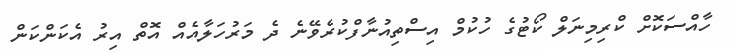
ހާއްސަކޮށް ކްރިމިނަލް ކޯޓުގެ ހުކުމް އިސްތިއުނާފްކުރެވޭނެ ދެ މަރުހަލާއެއް އޮތް އިރު އެކަންކަން